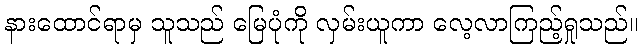
နားထောင်ရာမှ သူသည် မြေပုံကို လှမ်းယူကာ လေ့လာကြည့်ရှုသည်။